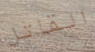
القاتل